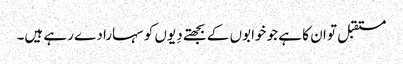
مستقبل تو ان کا ہے جو خوابوں کے بجھتے دِیوں کو سہارا دے رہے ہیں۔